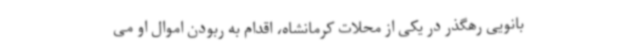
بانویی رهگذر در یکی از محلات کرمانشاه، اقدام به ربودن اموال او می